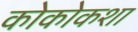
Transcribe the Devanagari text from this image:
कोकोकशा